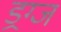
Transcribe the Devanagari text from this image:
ड्रग्ज